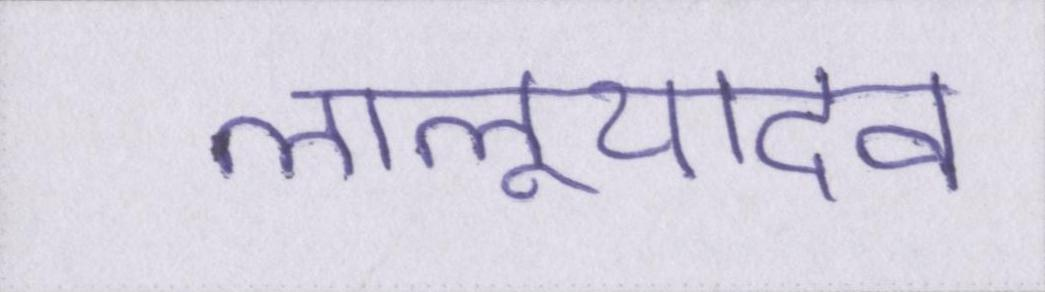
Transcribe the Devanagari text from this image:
लालूयादव